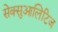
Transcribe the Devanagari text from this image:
सेक्सुआलिटिज